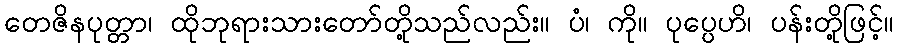
တေဇိနပုတ္တာ၊ ထိုဘုရားသားတော်တို့သည်လည်း။ ပံ၊ ကို။ ပုပ္ပေဟိ၊ ပန်းတို့ဖြင့်။